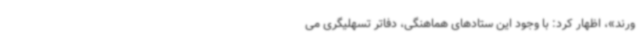
ورند»، اظهار کرد: با وجود این ستادهای هماهنگی، دفاتر تسهلیگری می‌